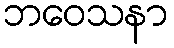
ဘဝေသနာ